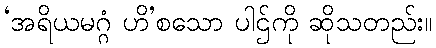
‘အရိယမဂ္ဂံ ဟိ’စသော ပါဌ်ကို ဆိုသတည်း။